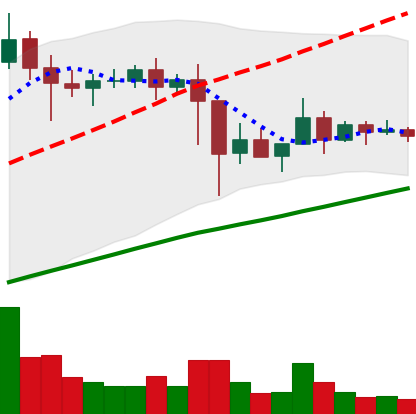
Ticker: XLM-USD
Chart end date: 2021-03-04
Forward return: 4.702%
Label: up_3_5